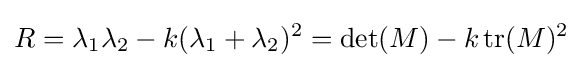
R=\lambda _{1}\lambda _{2}-k(\lambda _{1}+\lambda _{2})^{2}=\det(M)-k\operatorname {tr} (M)^{2}